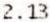
2.13